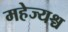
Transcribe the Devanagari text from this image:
महेज्यश्च